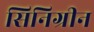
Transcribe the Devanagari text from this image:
सिनिग्रीन